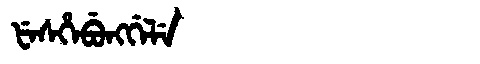
Manchu: ᡶᡝᠰᡥᡝᠪᡠᠩᡤᡝᠯᡝ
Romanization: FESHEBUNGGELE